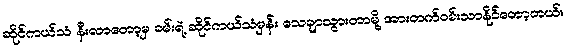
ဆိုင်ကယ်သံ နီးလာတော့မှ ခမ်းရဲ့ ဆိုင်ကယ်သံမှန်း သေချာသွားတာမို့ အားတက်ဝမ်းသာနိုင်တော့တယ်။